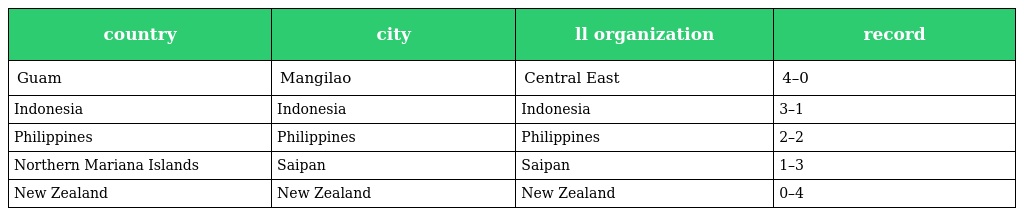
| country | city | ll organization | record |
 | --- | --- | --- | --- |
 | Guam | Mangilao | Central East | 4–0 |
 | Indonesia | Indonesia | Indonesia | 3–1 |
 | Philippines | Philippines | Philippines | 2–2 |
 | Northern Mariana Islands | Saipan | Saipan | 1–3 |
 | New Zealand | New Zealand | New Zealand | 0–4 |